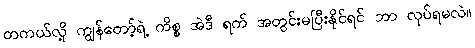
တကယ်လို့ ကျွန်တော့်ရဲ့ ကိစ္စ အဲဒီ ရက် အတွင်းမပြီးနိုင်ရင် ဘာ လုပ်ရမလဲ။